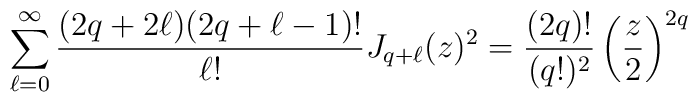
\sum_{\ell=0}^{\infty}\frac{(2q+2\ell)(2q+\ell-1)!}{\ell!}J_{q+\ell}(z)^2 = \frac{(2q)!}{(q!)^2}\left(\frac{z}{2}\right)^{2q}